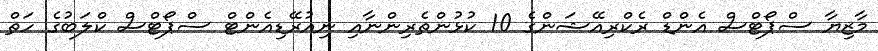
މާޒިޔާ ސްޕޯޓްސް އެންޑް ރެކްރިއޭޝަންގެ 10 ކުޅުންތެރިންނާއި ނިއުރޭޑިއެންޓް ސްޕޯޓްސް ކްލަބުގެ ހަތް